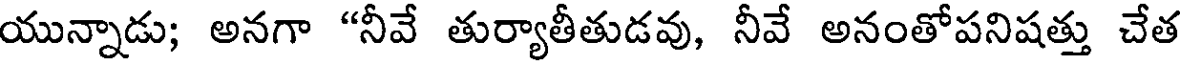
యున్నాడు; అనగా "నీవే తుర్యాతీతుడవు, నీవే అనంతోపనిషత్తు చేత